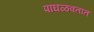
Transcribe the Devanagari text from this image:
पाघळवतात